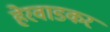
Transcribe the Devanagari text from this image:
हेरवाडकर